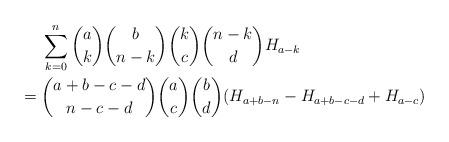
LaTeX: \begin{align*} & \sum_{k=0}^n \binom{a}{k}\binom{b}{n-k}\binom{k}{c}\binom{n-k}{d}H_{a-k} \\={} & \binom{a+b-c-d}{n-c-d}\binom{a}{c}\binom{b}{d} (H_{a+b-n}-H_{a+b-c-d}+H_{a-c})\end{align*}